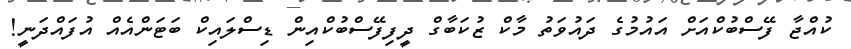
ކުއްޖާ ފޭސްބުކްއަށް އައުމުގެ ދައުވަތު މާކް ޒުކަބާގް ދީފިފޭސްބުކްއިން ޑިސްލައިކް ބަޓަންއެއް އުފައްދަނީ!